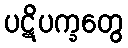
ပဋိပက္ခတွေ